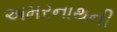
અમરનાથની